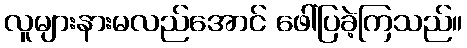
လူများနားမလည်အောင် ဖေါ်ပြခဲ့ကြသည်။